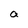
Character: a